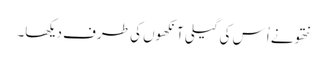
نتھو نے اُس کی گیلی آنکھوں کی طرف دیکھا۔